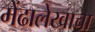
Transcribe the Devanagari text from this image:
मेंढालेखाचा